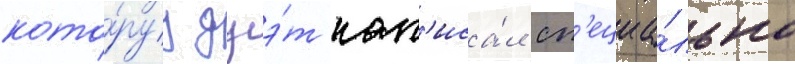
кото́руу дуэ́т нап'иса́л сп'ециа́льно